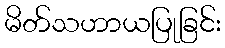
မိတ်သဟာယပြုခြင်း